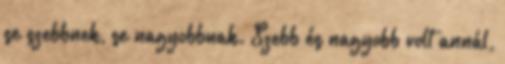
se szebbnek, se nagyobbnak. Szebb és nagyobb volt annál,